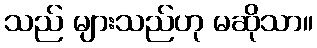
သည် များသည်ဟု မဆိုသာ။